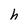
Character: h